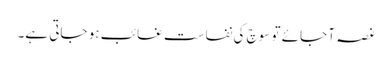
غصہ آ جائے تو سوچ کی نفاست غائب ہو جاتی ہے۔